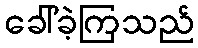
ခေါ်ခဲ့ကြသည်